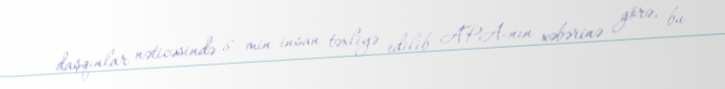
daşqınlar nəticəsində 8 min insan təxliyə edilib APA-nın xəbərinə görə, bu